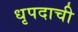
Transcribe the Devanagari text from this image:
धृपदाची